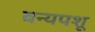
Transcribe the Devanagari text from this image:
वन्यपशू